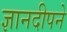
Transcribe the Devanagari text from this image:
ज्ञानदीपने